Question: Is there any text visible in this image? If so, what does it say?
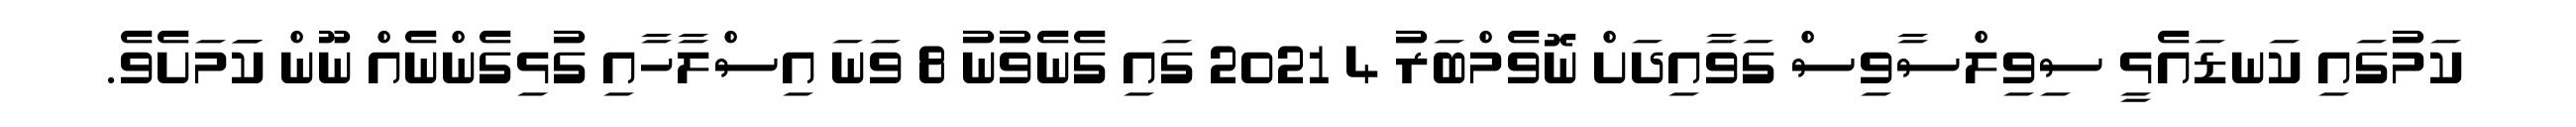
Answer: ކަމުގައި ކަނޑައެޅީ ސިވިލްސާވިސް ގަވާއިދަށް ނޮވެމްބަރު 4 2021 ގައި ގެނެވުނު 8 ވަނަ އިސްލާހާއި ގުޅިގެންނެއް ނޫން ކަަމަށެވެ.